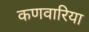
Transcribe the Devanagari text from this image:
कणवारिया